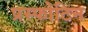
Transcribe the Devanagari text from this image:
प्रस्फोटिन